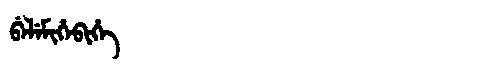
Manchu: ᠪᡝᠯᡝᠮᡳᡥᡝᠪᡳᡥᡝ
Romanization: BELEMIHEBIHE